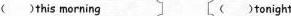
( )this morning （ ）tonight